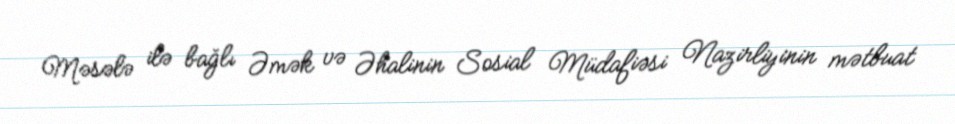
Məsələ ilə bağlı Əmək və Əhalinin Sosial Müdafiəsi Nazirliyinin mətbuat